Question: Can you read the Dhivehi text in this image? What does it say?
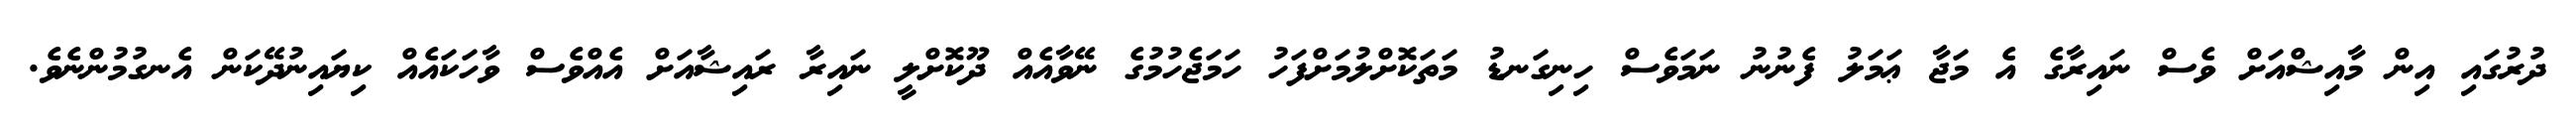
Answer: ދުރުގައި އިން މާއިޝްއަށް ވެސް ނައިރާގެ އެ މަޖާ ޢަމަލު ފެނުނު ނަމަވެސް ހިނިގަނޑު މަތަކޮށްލުމަށްފަހު ހަމަޖެހުމުގެ ނޭވާއެއް ދޫކޮށްލީ ނައިރާ ރައިޝާއަށް އެއްވެސް ވާހަކައެއް ކިޔައިނުދޭކަން އެނގުމުންނެވެ.